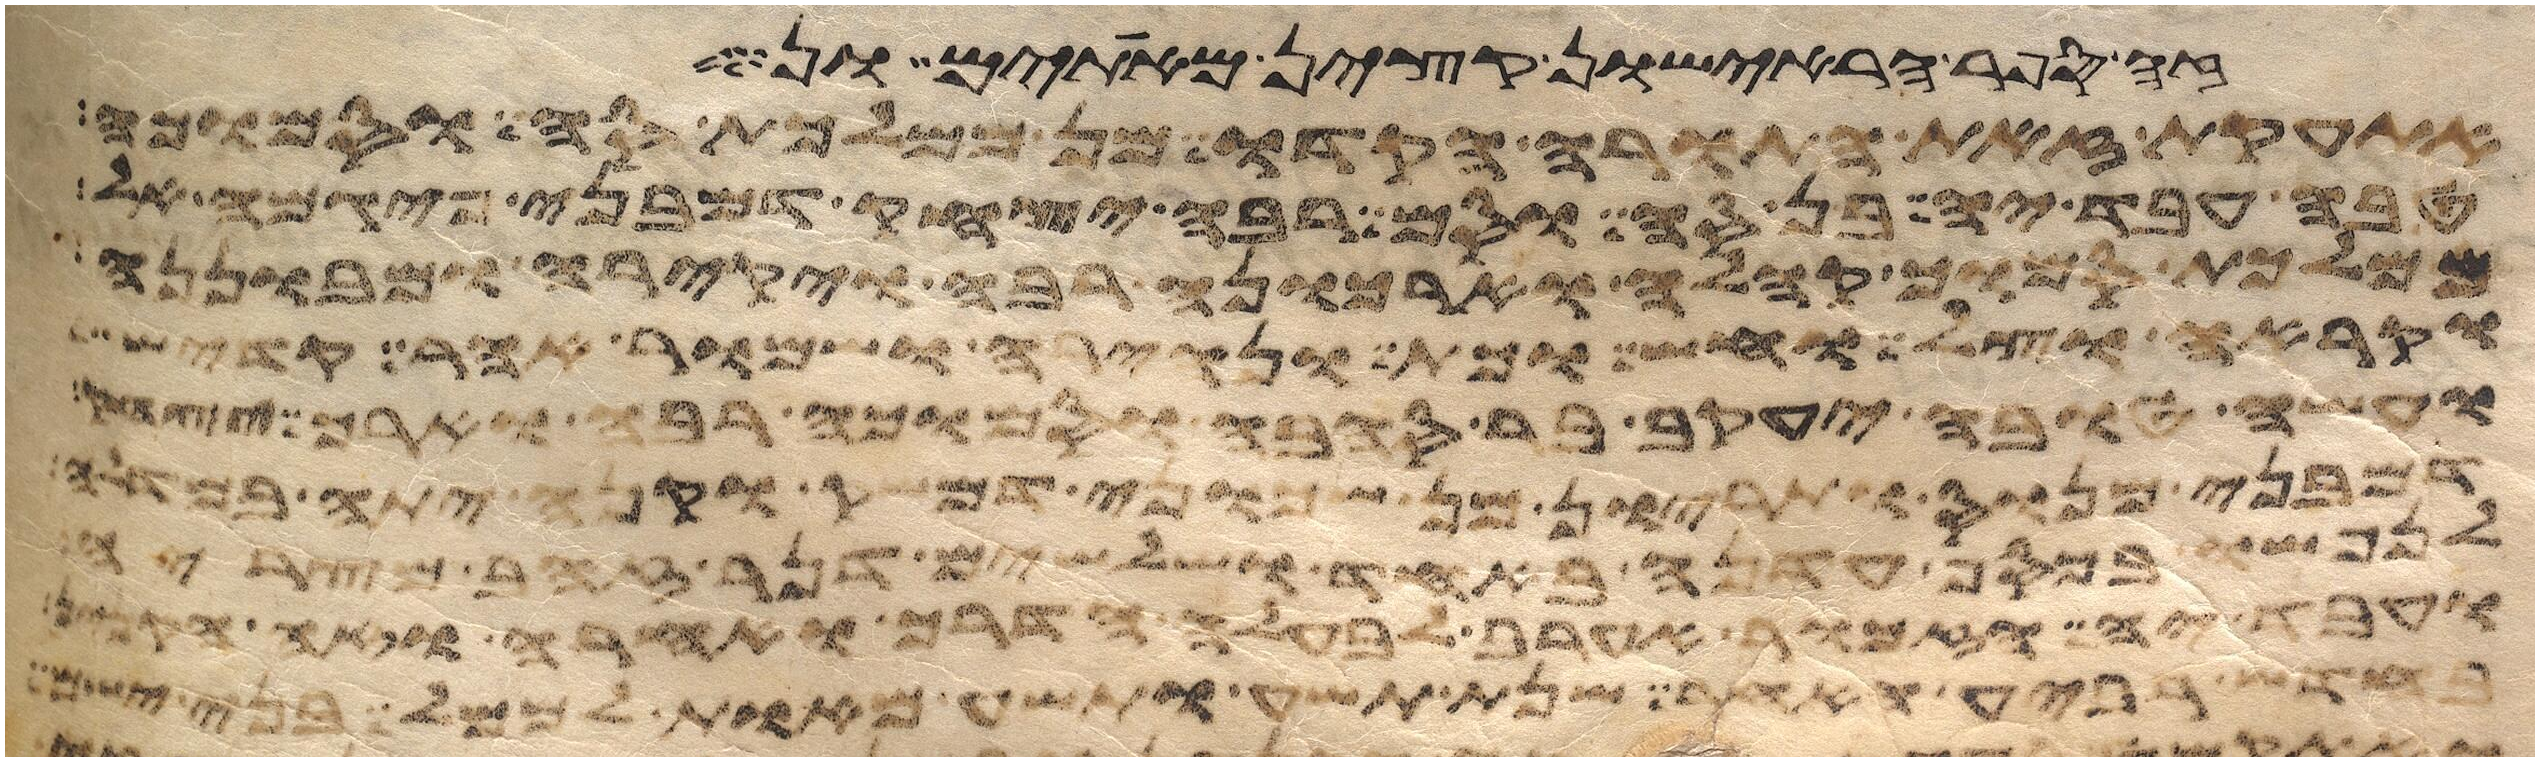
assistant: הפר הראישון חטאת
עת את הדבר הגדול יביאון אל משה וכל
טוב ויהי ערב ויהי בקר יום רביעי ויאמר אלהים
מתוך הסנה ויאמר משה משה ויאמר הנני
ואקרא בקול גדול ויהי כשמעו כי הרמי קולי
ועשו וירא עשו כי ברך יצחק
בני מררי אשר פקד משה ואהרן על פי יהוה ביד
מנורה מצדה האחד ושלשה קני מנורה מצדה
עבד יהוה בארץ מואב על פי יהוה ויקבר אתו בגיא
בחדש השביעי תחגו אתו בסכות תשבו שבעת ימים כל האזרח בישראל ישב